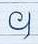
។